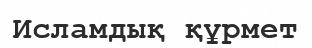
Исламдық құрмет